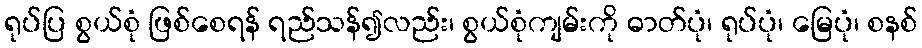
ရုပ်ပြ စွယ်စုံ ဖြစ်စေရန် ရည်သန်၍လည်း၊ စွယ်စုံကျမ်းကို ဓာတ်ပုံ၊ ရုပ်ပုံ၊ မြေပုံ၊ စနစ်